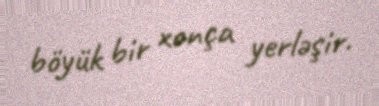
böyük bir xonça yerləşir.